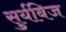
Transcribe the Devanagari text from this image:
सुर्यबिज